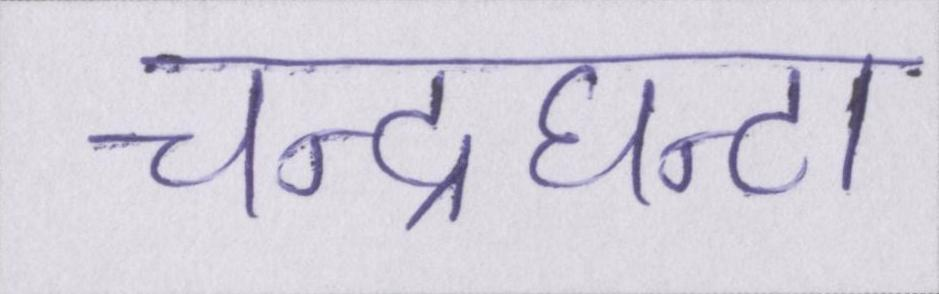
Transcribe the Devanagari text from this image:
चन्द्रघन्टा